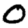
Digit: 0